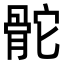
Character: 𩨭